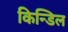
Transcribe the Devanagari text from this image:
किन्डिल